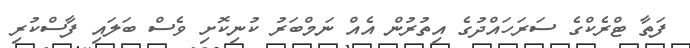
ފަތާ ޓްރެކްގެ ސަރަހައްދުގެ އިތުރުން އެއް ނަމްބަރު ކުނިކޮށި ވެސް ބަލައި ފާސްކުރި